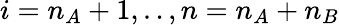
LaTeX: i=n_{A}+1,..,n=n_{A}+n_{B}